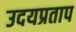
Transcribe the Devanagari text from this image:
उदयप्रताप